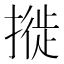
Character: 𢳜